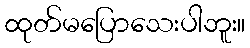
ထုတ်မပြောသေးပါဘူး။